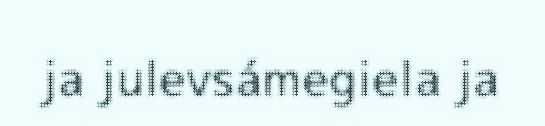
ja julevsámegiela ja